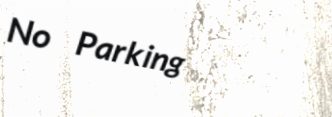
No Parking